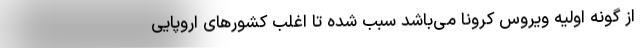
از گونه اولیه ویروس کرونا می‌باشد سبب شده تا اغلب کشورهای اروپایی